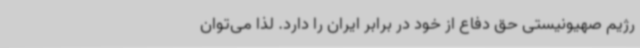
رژیم صهیونیستی حق دفاع از خود در برابر ایران را دارد. لذا می‌توان